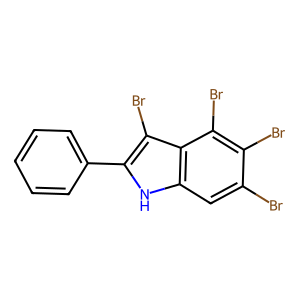
SMILES: Brc1cc2[nH]c(-c3ccccc3)c(Br)c2c(Br)c1Br
Inhibits HIV replication: No